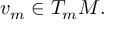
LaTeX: v _ { m } \in T _ { m } M .